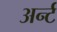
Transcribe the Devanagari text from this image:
अर्न्ट